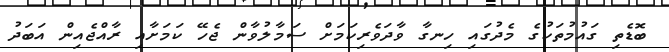
ބޮޑެތި ގައުމުތަކުގެ މެދުގައި ހިނގާ ވާދަވެރިކަމަށް ސަމާލުވާން ޖެހޭ ކަމަށާއި ރާއްޖެއިން އަބަދު